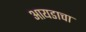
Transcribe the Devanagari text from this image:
आयडाचा